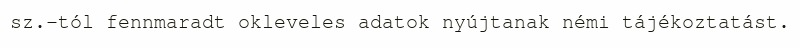
sz.-tól fennmaradt okleveles adatok nyújtanak némi tájékoztatást.